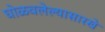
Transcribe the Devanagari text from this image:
घोळवलेल्यासारखे